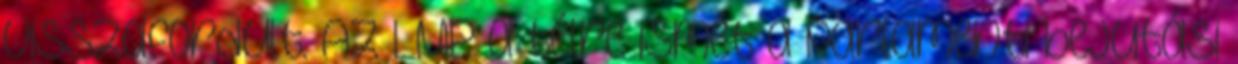
visszafordult. Az LMP a télre ismét a parlamenti bejutási